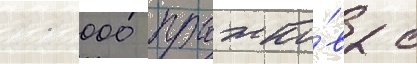
11 000 прыжко́в с